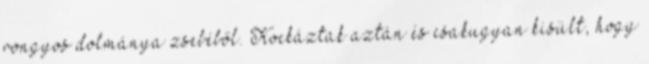
rongyos dolmánya zsebéből. Kockáztak aztán és csakugyan kisült, hogy